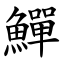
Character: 鱓